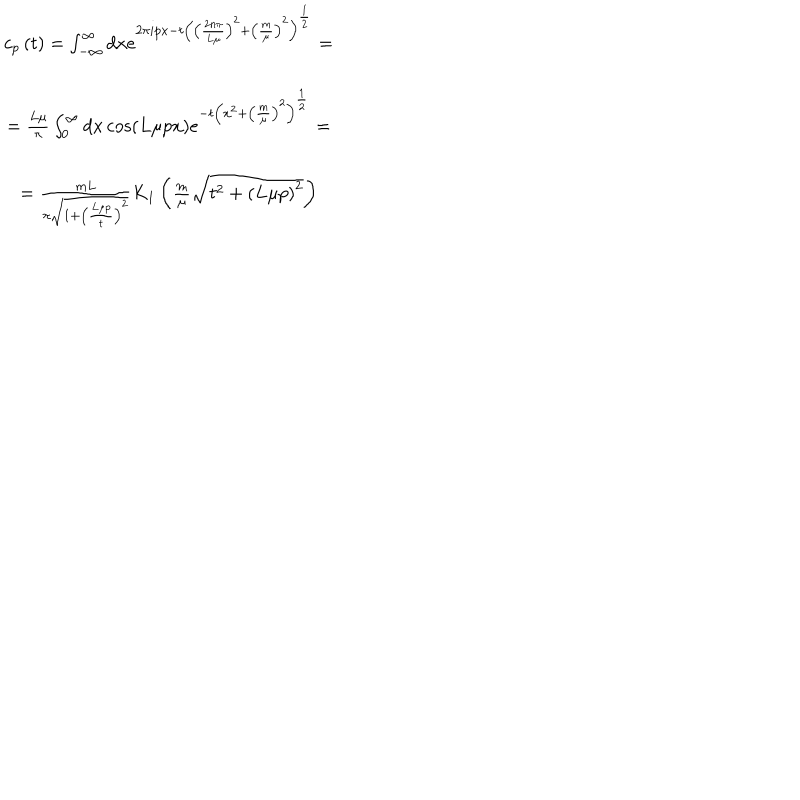
\begin{array} { c } { { c _ { p } \left( t \right) = \int _ { - \infty } ^ { \infty } d x e ^ { 2 \pi i p x - t \left( \left( \frac { 2 n \pi } { L \mu } \right) ^ { 2 } + \left( \frac m \mu \right) ^ { 2 } \right) ^ { \frac 1 2 } } = } } \\ { { = \frac { L \mu } \pi \int _ { 0 } ^ { \infty } d x \cos \left( L \mu p x \right) e ^ { - t \left( x ^ { 2 } + \left( \frac m \mu \right) ^ { 2 } \right) ^ { \frac 1 2 } } = } } \\ { { = \frac { m L } { \pi \sqrt { 1 + \left( \frac { L \mu p } t \right) ^ { 2 } } } K _ { 1 } \left( \frac m \mu \sqrt { t ^ { 2 } + \left( L \mu p \right) ^ { 2 } } \right) } } \\ \end{array}